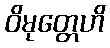
ဝိမုတ္တေဟိ